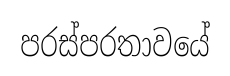
පරස්පරතාවයේ